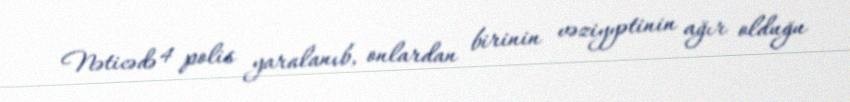
Nəticədə 4 polis yaralanıb, onlardan birinin vəziyyətinin ağır olduğu